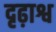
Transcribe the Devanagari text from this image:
दृढ़ाश्व